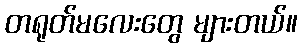
တရုတ်မလေးတွေ များတယ်။